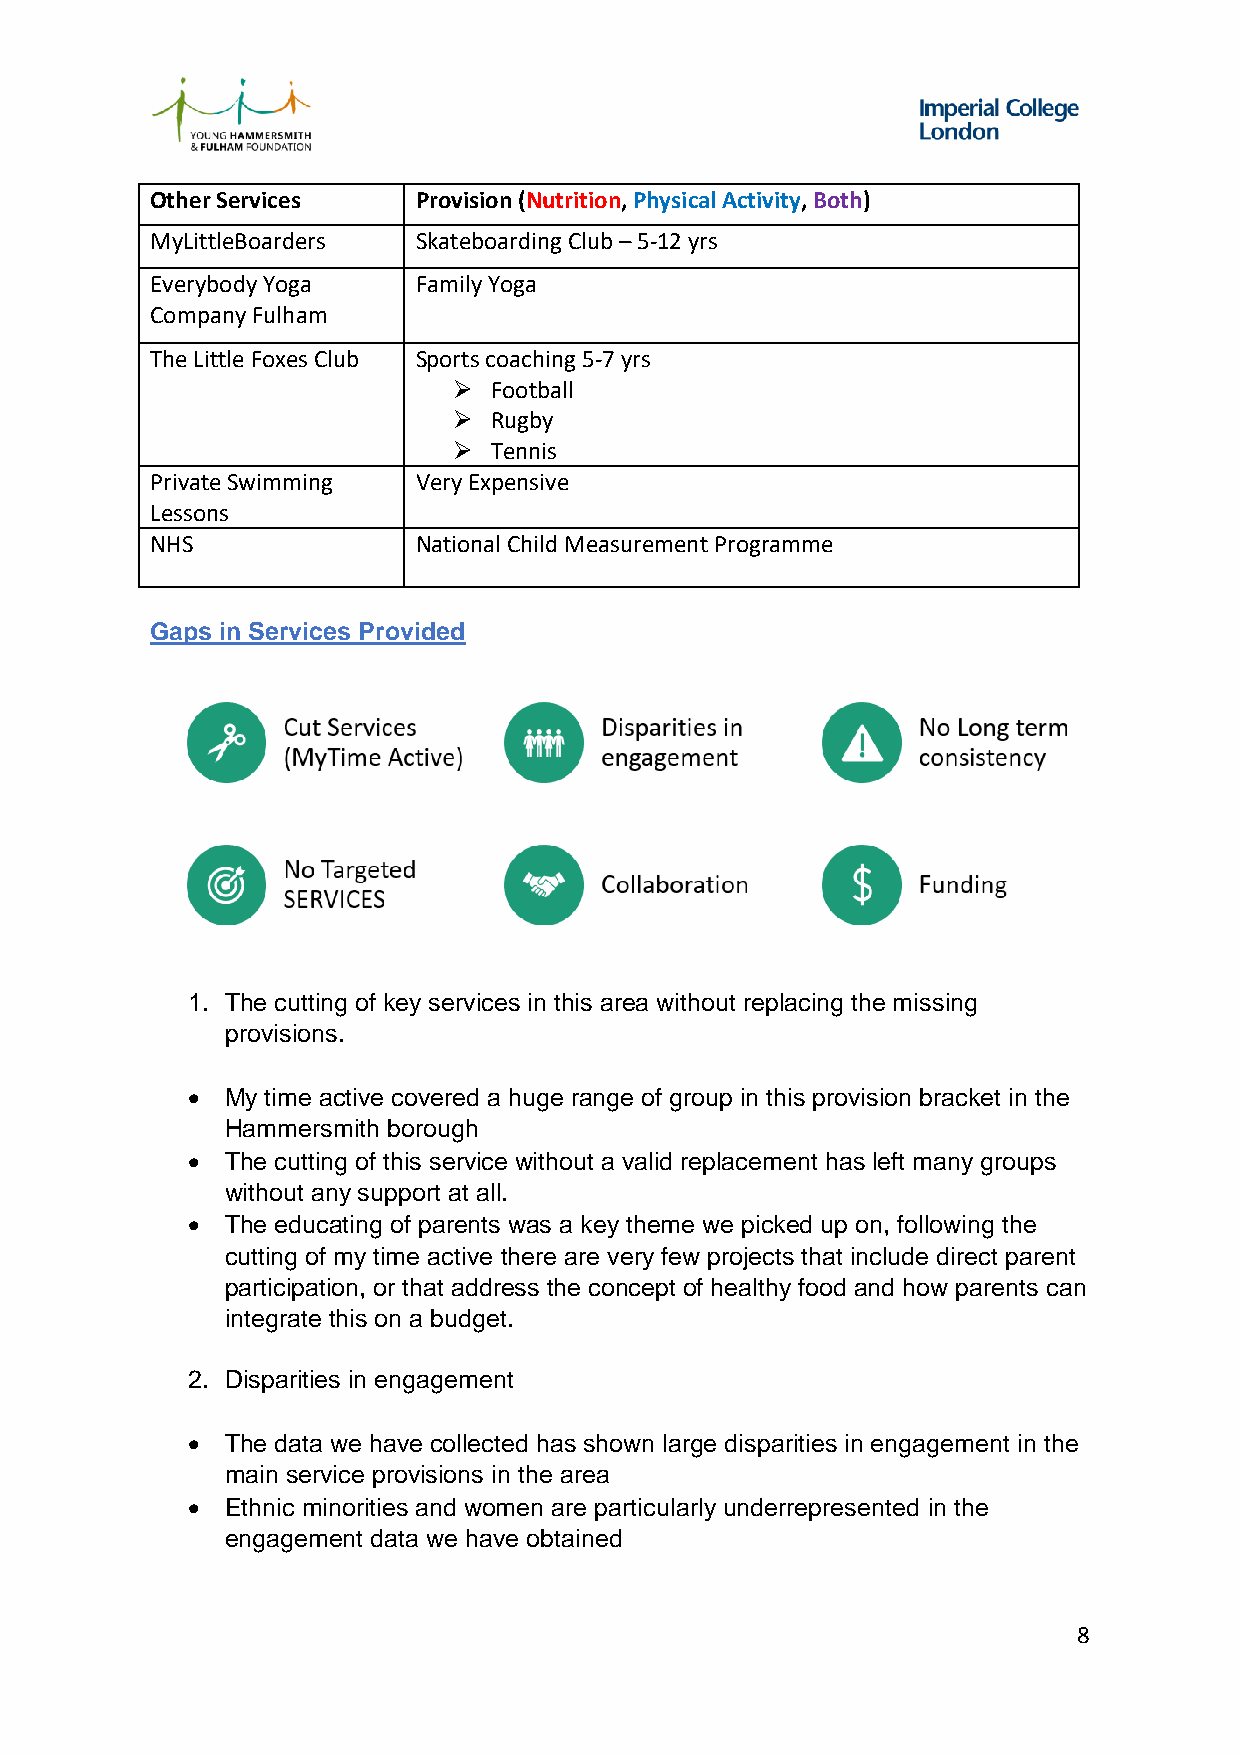
Other Services   Provision (Nutrition, Physical Activity, Both)
 MyLittleBoarders Skateboarding Club – 5-12 yrs
 Everybody Yoga   Family Yoga
 Company Fulham
 The Little Foxes Club Sports coaching 5-7 yrs
  Football
  Rugby
  Tennis
 Private Swimming Very Expensive
 Lessons
 NHS              National Child Measurement Programme
 Gaps in Services Provided
 1. The cutting of key services in this area without replacing the missing
 provisions.
   My time active covered a huge range of group in this provision bracket in the
 Hammersmith borough
   The cutting of this service without a valid replacement has left many groups
 without any support at all.
   The educating of parents was a key theme we picked up on, following the
 cutting of my time active there are very few projects that include direct parent
 participation, or that address the concept of healthy food and how parents can
 integrate this on a budget.
 2. Disparities in engagement
   The data we have collected has shown large disparities in engagement in the
 main service provisions in the area
   Ethnic minorities and women are particularly underrepresented in the
 engagement data we have obtained
 8